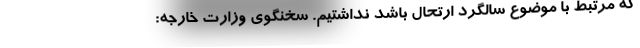
که مرتبط با موضوع سالگرد ارتحال باشد نداشتیم. سخنگوی وزارت خارجه: